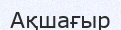
Ақшағыр